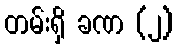
တမ်းရှိ ခဏ (၂)